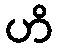
ဟိ